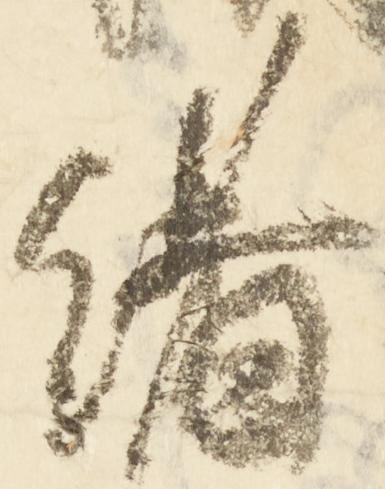
緒